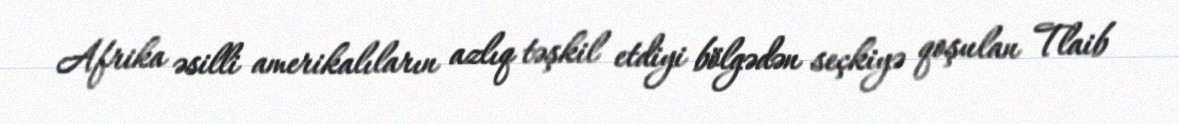
Afrika əsilli amerikalıların azlıq təşkil etdiyi bölgədən seçkiyə qoşulan Tlaib